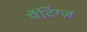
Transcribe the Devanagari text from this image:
पेंटिंग्ज़